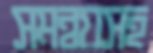
সমন্বয়সহ